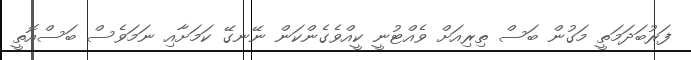
ފަރުބަދަމަތީ މަގުން ބަސް ތިރިއަށް ވެއްޓުނީ ކީއްވެގެންކަން ނޭނގޭ ކަމަށާއި ނަމަވެސް ބަސްއޮތީ